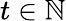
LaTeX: t\in\mathbb{N}